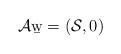
LaTeX: \begin{align*}\mathcal A\b w = (\mathcal S,0)\end{align*}